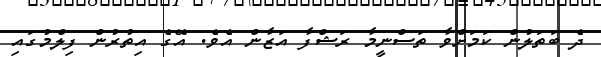
ދެ ބަތަލުން ކަމަށްވާ ތަސްނީމާ ރަޝްފާ އަޒާން އެވެ. އޭގެ އިތުރުން ފިލްމުގައި